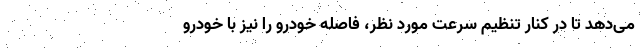
می‌دهد تا در کنار تنظیم سرعت مورد نظر، فاصله خودرو را نیز با خودرو